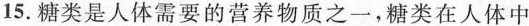
15.糖类是人体需要的营养物质之一，糖类在人体中